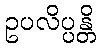
ဥပလိပ္ပန္တိ